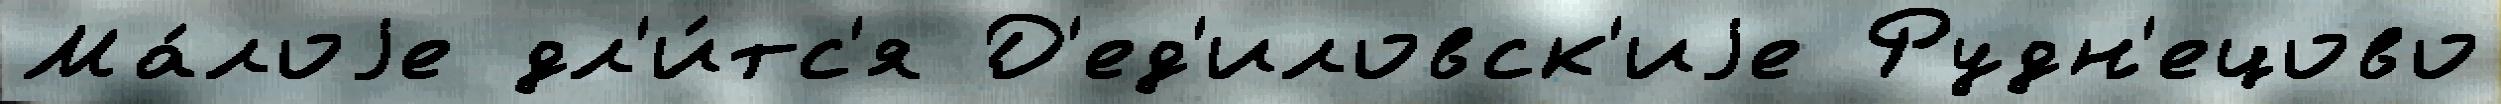
Ма́лоjе дл'и́тс'я Д'ед'иловск'иjе Рудн'ецово